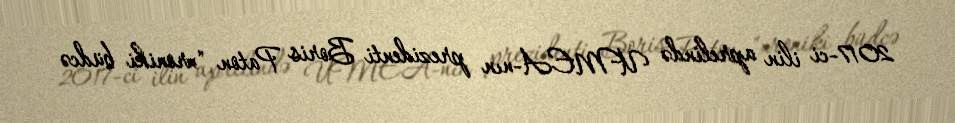
2017-ci ilin aprelində UMEA-nın prezidenti Boris Paton "xroniki büdcə